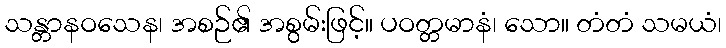
သန္တာနဝသေန၊ အစဉ်၏ အစွမ်းဖြင့်။ ပဝတ္တမာနံ၊ သော။ တံတံ သမယံ၊